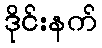
ဒိုင်းနက်